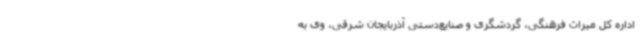
اداره کل میراث فرهنگی، گردشگری و صنایع‌دستی آذربایجان شرقی، وی به